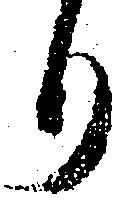
り